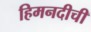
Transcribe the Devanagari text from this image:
हिमनदीची